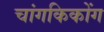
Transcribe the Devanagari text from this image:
चांगकिकोंग